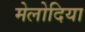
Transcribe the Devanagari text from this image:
मेलोदिया